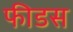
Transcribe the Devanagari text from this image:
फीडस